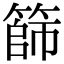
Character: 篩